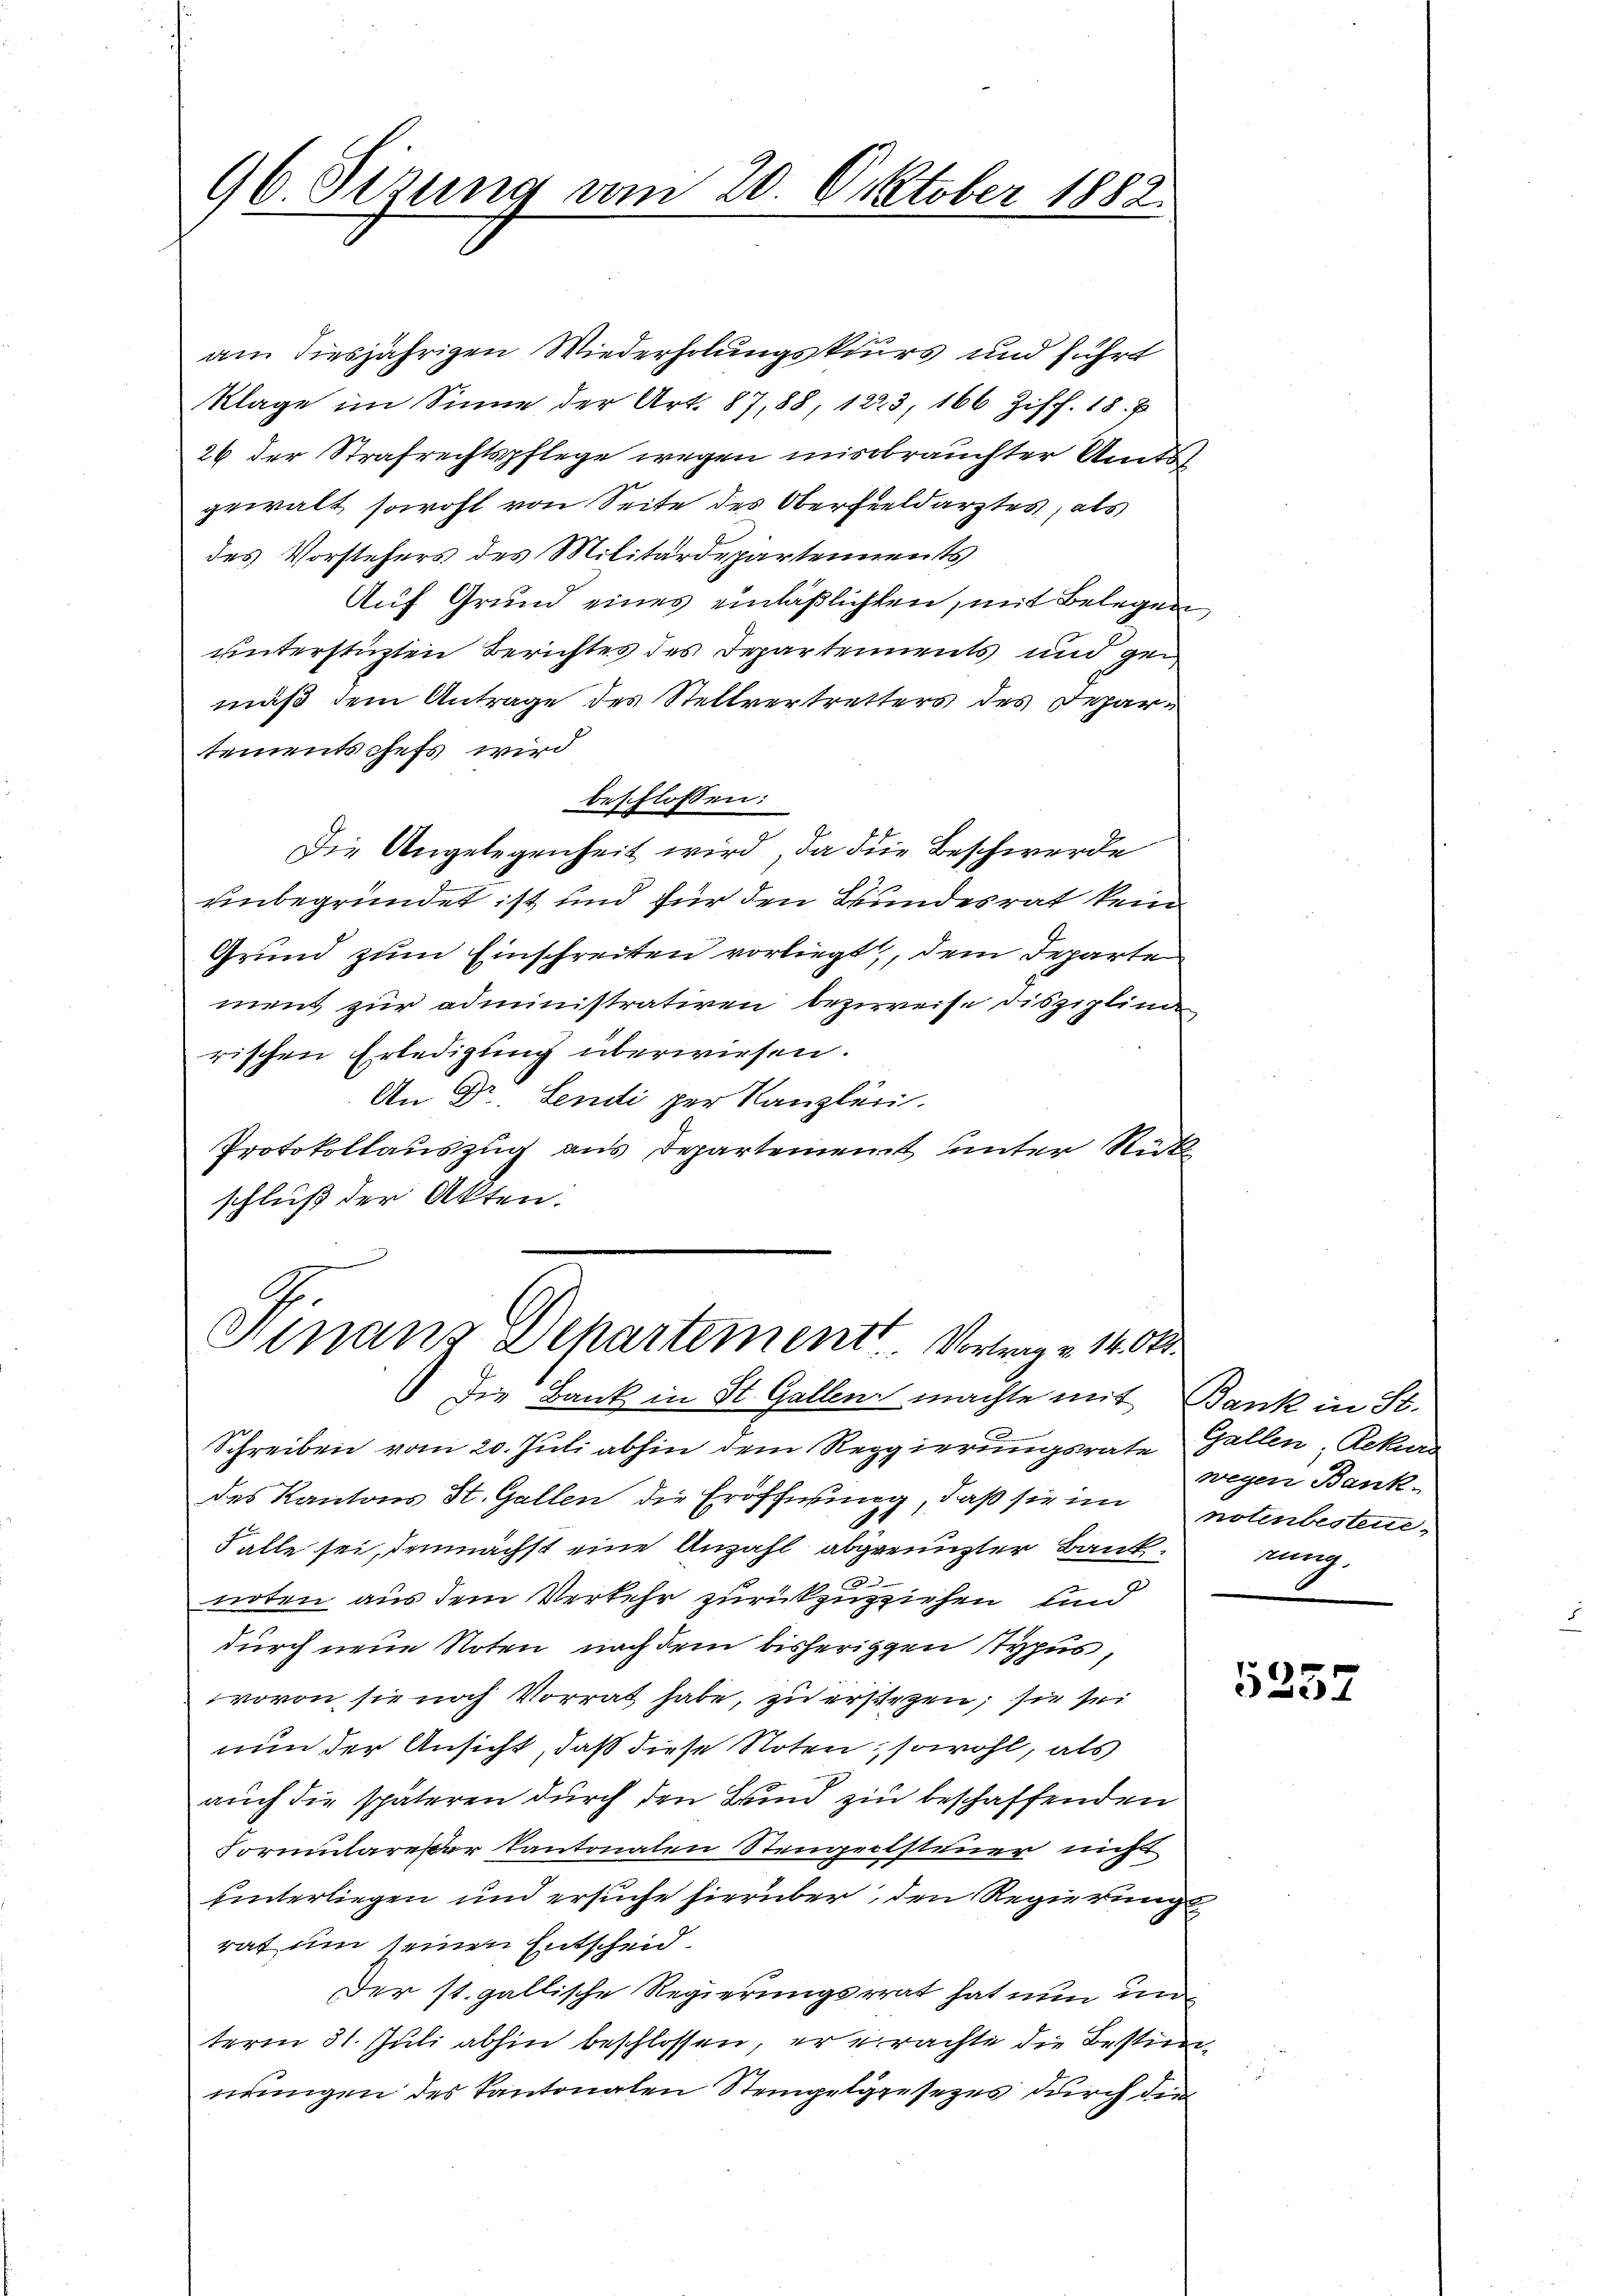
96. Sizung vom 20. Oktober 1882.

am diesjährigen Wiederholungskurs und führt
Klage im Sinne der Art. 87, 88, 1223, 166 Ziff. 18. J
26 der Strafrechtspflege wegen missbrauchter Amts
gewalt sowohl von Seite des Oberfieldarztes, als
des Vorstehers des Militärdepartements
Auf Grund eines einläßlichten, mit Belegen
unterstüzten Berichtes des Departements und gemäß dem Antrage des Stellvertretters des Departementschefs wird
beschlossen:
Die Angelegenheit wird, da die Beschwerde
unbegründet ist und für den Bundesrat kein
Grund zum Einschreiten vorliegt, dem Departe
ment zur administrativen bezweife disziplina
rischen Erledigung überwiesen.
An Dr. Lendi per Kanzlei.
Protokollauszug aus Departement unter Rückschluß der Akten.

Hinaus Departement Vertrag v. 1404.
Die Bank in St. Gallen machte mit Bank in St.

Schreiben vom 20. Juli abhin dem Reggierungsrate Gallen, Rekurs
des Kantons St. Gallen die Eröffnung, daß sie im notenbesteue¬
Falle sei, demnächst eine Anzahl abgenugter Bankung
e
noten aus dem Verkehr zurückzuziehen, und
durch neue Noten nachdem bisherigen Sypus,
wovon sie noch Vorrat habe, zu erstehen; sie sei
nun der Ansicht, daß diese Noten, sowohl, als
auch die späteren durch den Bund zu beschaffenden
Formulareser Kantonalen Steigeitsteuer nicht
hinterliegen und ersuche hierüber, den Regierungs
rat um seinen Entscheid
Der st. gallische Regierungsrat hat nun un
term 31. Juli abhin beschlossen, er erachte die Bestimnungen des Kantonalen Stempelgesezes durch den

wegen Bank-

5257